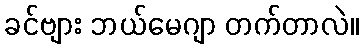
ခင်ဗျား ဘယ်မေဂျာ တက်တာလဲ။